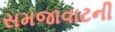
સમજાવાટની